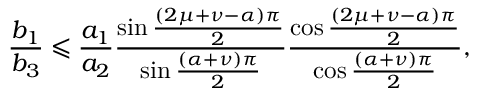
\frac { b _ { 1 } } { b _ { 3 } } \leqslant \frac { a _ { 1 } } { a _ { 2 } } \frac { \sin \frac { \left( 2 \mu + \nu - \alpha \right) \pi } { 2 } } { \sin \frac { \left( \alpha + \nu \right) \pi } { 2 } } \frac { \cos \frac { \left( 2 \mu + \nu - \alpha \right) \pi } { 2 } } { \cos \frac { \left( \alpha + \nu \right) \pi } { 2 } } ,